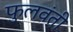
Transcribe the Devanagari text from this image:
फुलवंती